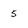
Character: 5